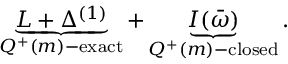
\underbrace { L + \Delta ^ { ( 1 ) } } _ { Q ^ { + } ( m ) - \mathrm { e x a c t } } + \underbrace { I ( \bar { \omega } ) } _ { Q ^ { + } ( m ) - \mathrm { c l o s e d } } .